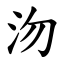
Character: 沕